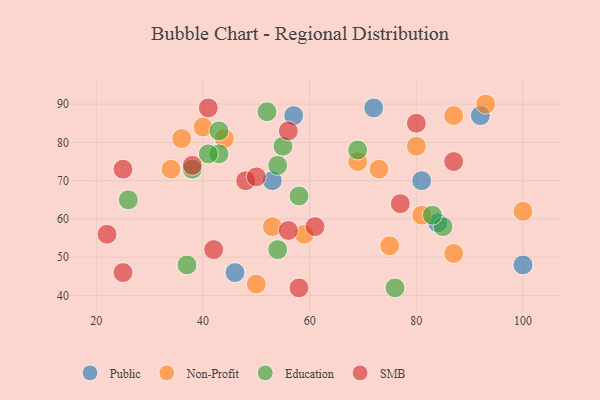
{"axis": {"x": "GDP", "y": "Life Expectancy"}, "legend": ["Education", "Non-Profit", "Public", "SMB"], "data": [{"x": "92", "y": 87, "type": "Public"}, {"x": "46", "y": 46, "type": "Public"}, {"x": "100", "y": 48, "type": "Public"}, {"x": "72", "y": 89, "type": "Public"}, {"x": "84", "y": 59, "type": "Public"}, {"x": "81", "y": 70, "type": "Public"}, {"x": "57", "y": 87, "type": "Public"}, {"x": "53", "y": 70, "type": "Public"}, {"x": "36", "y": 81, "type": "Non-Profit"}, {"x": "100", "y": 62, "type": "Non-Profit"}, {"x": "87", "y": 87, "type": "Non-Profit"}, {"x": "53", "y": 58, "type": "Non-Profit"}, {"x": "69", "y": 75, "type": "Non-Profit"}, {"x": "44", "y": 81, "type": "Non-Profit"}, {"x": "80", "y": 79, "type": "Non-Profit"}, {"x": "59", "y": 56, "type": "Non-Profit"}, {"x": "34", "y": 73, "type": "Non-Profit"}, {"x": "75", "y": 53, "type": "Non-Profit"}, {"x": "93", "y": 90, "type": "Non-Profit"}, {"x": "50", "y": 43, "type": "Non-Profit"}, {"x": "40", "y": 84, "type": "Non-Profit"}, {"x": "81", "y": 61, "type": "Non-Profit"}, {"x": "87", "y": 51, "type": "Non-Profit"}, {"x": "73", "y": 73, "type": "Non-Profit"}, {"x": "43", "y": 77, "type": "Education"}, {"x": "43", "y": 83, "type": "Education"}, {"x": "54", "y": 52, "type": "Education"}, {"x": "85", "y": 58, "type": "Education"}, {"x": "76", "y": 42, "type": "Education"}, {"x": "69", "y": 78, "type": "Education"}, {"x": "83", "y": 61, "type": "Education"}, {"x": "52", "y": 88, "type": "Education"}, {"x": "55", "y": 79, "type": "Education"}, {"x": "41", "y": 77, "type": "Education"}, {"x": "58", "y": 66, "type": "Education"}, {"x": "26", "y": 65, "type": "Education"}, {"x": "54", "y": 74, "type": "Education"}, {"x": "38", "y": 73, "type": "Education"}, {"x": "37", "y": 48, "type": "Education"}, {"x": "25", "y": 46, "type": "SMB"}, {"x": "48", "y": 70, "type": "SMB"}, {"x": "87", "y": 75, "type": "SMB"}, {"x": "56", "y": 57, "type": "SMB"}, {"x": "42", "y": 52, "type": "SMB"}, {"x": "22", "y": 56, "type": "SMB"}, {"x": "38", "y": 74, "type": "SMB"}, {"x": "77", "y": 64, "type": "SMB"}, {"x": "41", "y": 89, "type": "SMB"}, {"x": "80", "y": 85, "type": "SMB"}, {"x": "25", "y": 73, "type": "SMB"}, {"x": "50", "y": 71, "type": "SMB"}, {"x": "61", "y": 58, "type": "SMB"}, {"x": "56", "y": 83, "type": "SMB"}, {"x": "58", "y": 42, "type": "SMB"}]}